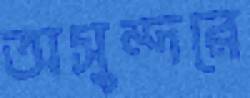
অসুন্দরে